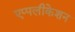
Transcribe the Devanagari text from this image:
एप्पलीकेशन